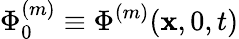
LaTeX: \Phi_{0}^{(m)}\equiv\Phi^{(m)}(\mathbf{x},0,t)